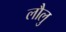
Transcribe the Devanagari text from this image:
लौलु